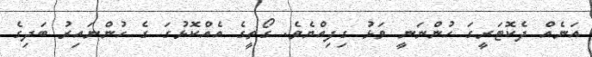
އަނެއް ދެކޮޓަރީގަ ހުންނަނީ ވަޅު ގިފިއްޔެވެ. ގޯތީގެ އެއްކޮޅުގަ ގެ ހުންނައިރު ބަދިގެ